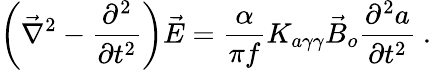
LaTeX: \left(\vec{\nabla}^{2}-\frac{\partial^{2}}{\partial t^{2}}\right)\vec{E}=\frac{\alpha}{\pi f}K_{a\gamma\gamma}\vec{B}_{o}\frac{\partial^{2}a}{\partial t^{2}}~.